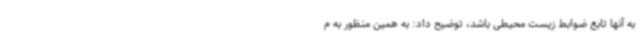
به آنها تابع ضوابط زیست محیطی باشد، توضیح داد: به همین منظور به م